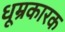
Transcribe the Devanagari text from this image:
धूम्रकारक